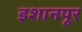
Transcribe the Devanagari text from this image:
इशानपूर